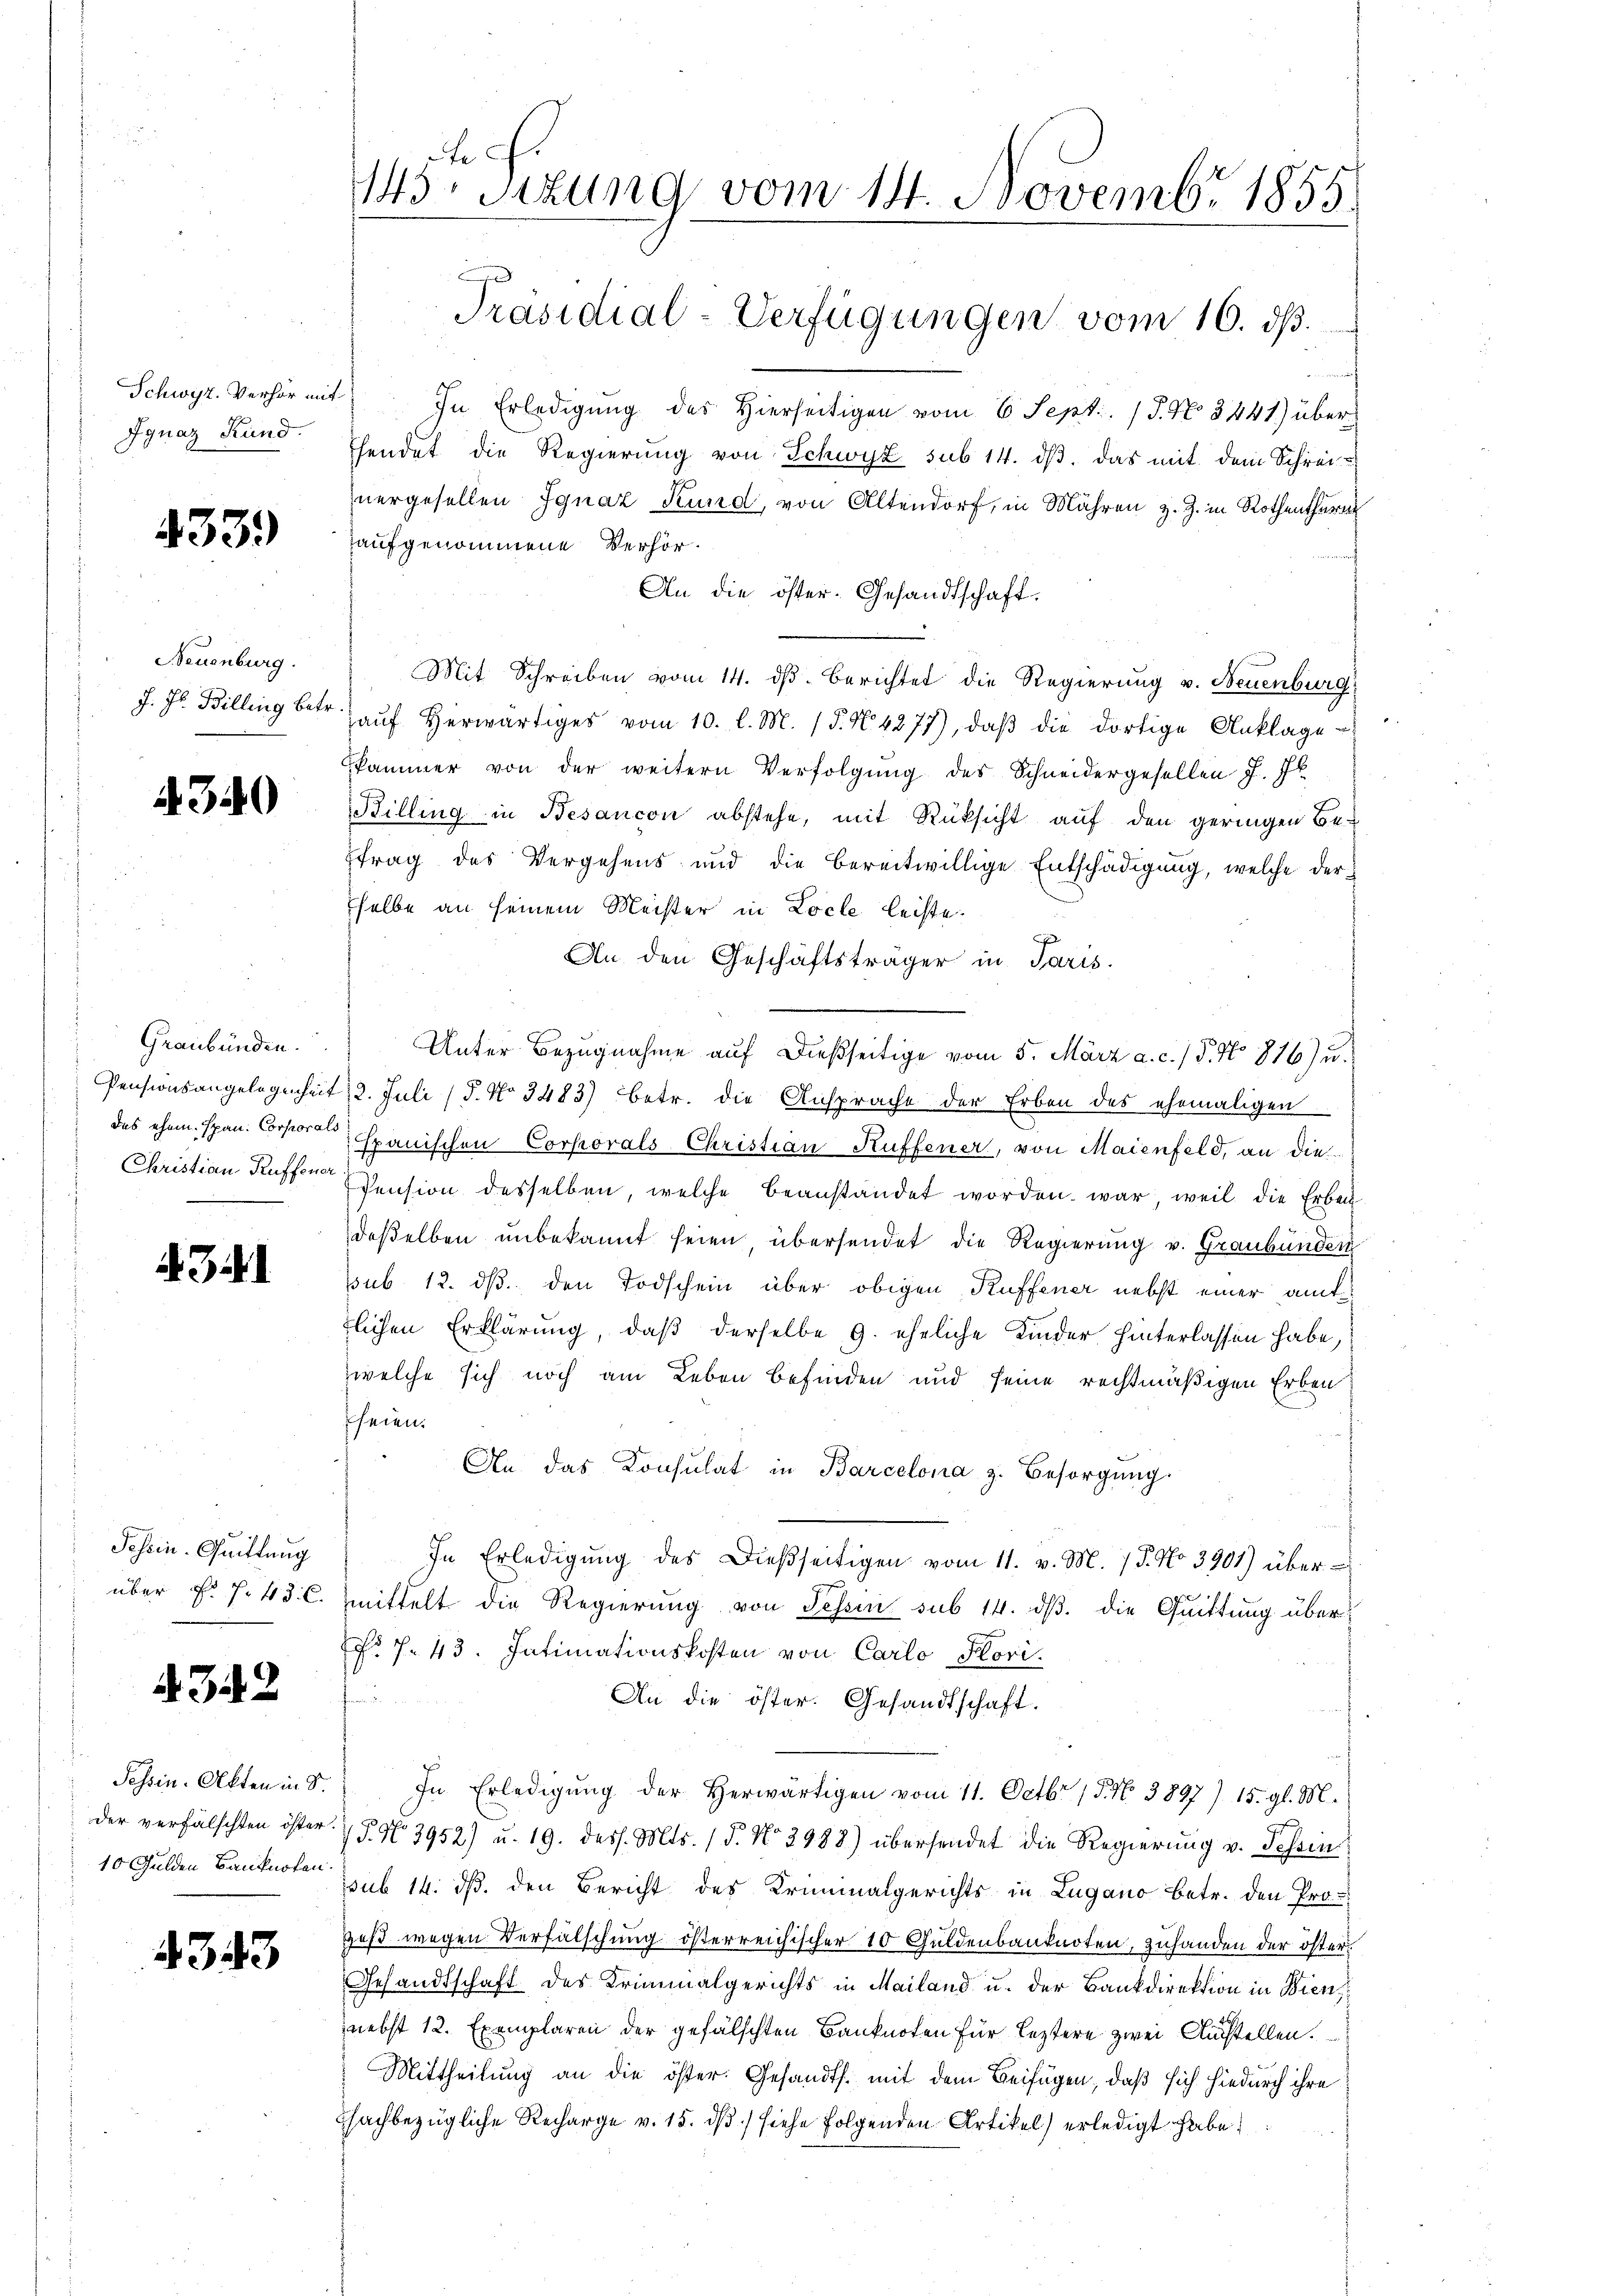
Schwyz, Verhör mit
Ignaz Rund.

433)

Neuenburg.
J. J. Billing betr.

4340

Graubünden.
das ehem. Span. Corporali
Christian Ruffener

3

Schein. Quittung
über k. f. 48. C.

342

Tessin. Akten in S.
der verfälschten öster.
10 Gulden Banknoten.

4343

te
1145. Sitzung vom 14. Novembr 1855.
Präsidial-Verfügungen vom 10. ds.

In Erledigung des Hierseitigen vom 6 Sept. 17. No 8441) über
hendet die Regierung von Schwyz sub 14. dβ das mit dem Schreinergesellen Ignaz Kund, von Altendorf, in Mähren z. Z. in Rothenthur
aufgenommene Verhör-
An die öster. Gesandtschaft.
Mit Schreiben vom 14. dß. Berichtet die Regierung v. Neuenburg
Haŭf herwärtiges vom 10. l. M. (§. N. 4277), daβ die dortige Anklage-
kammer von der weitern Verfolgŭng des Schneidergesellen J. J.
Billing in Besancon abstehe, mit Rüksicht auf den geringen Be-
ftrag des Vergehens und die bereitwillige Entschädigung, welche derselbe an seinem Meister in Locle leiste.
An den Geschäftsträger in Paris.
Unter Bezugnahme auf dießseitige vom 5. März a. c. P. No 816) u.
Pensionsangelegenheit 2. Juli 15. No 3483) betr. die Ansprache der Erben des ehemaligen
panischen Corporals Christian Kuffener, von Maienfeld, an die
Pension desselben, welche beanstandet worden war, weil die Erben
deßelben unbekannt seien, übersendet die Regierung v. Graubünden
sub 12. ds. den Todschein über obigen Kuffener nebst einer amtflichen Erklärung, daß derselbe 9. eheliche Kinder hinterlassen habe,
welche sich noch am Leben befinden und seine rechtmäßigen Erben
fheien.
An das Konsulat in Barcelona z. Besorgŭng.
In Erledigung des Dießseitigen vom 11. v. M. / P. No 3901) über
1
mittelt die Regierung von Tessin sub 14. dβ. die Quittung über¬
No 7. 43. Intimationskosten von Carlo Hori
f
An die öster. Gesandtschaft.
In Erledigŭng der herwärtigen vom 11. Octbr. 15. No 3897) 15. gl. M.
15. No. 3952) u. 19. dess. Mts. 1 d. No 2988) übersendet die Regierung v. Schein
psub 14. ds. den Bericht des Kriminalgerichts in Lugano betr. den Pro-
Daß wegen Verfälschung österreichischer 10 Guldenbanknoten, zuhanden der öster¬
Gesandtschaft des Kriminalgerichts in Mailand u. der Bankdirektion in Wien
nebst 12. Exemplaren der gefälschten Banknoten für leztere zwei Austellen.
Mittheilung an die öster. Gesandts. mit dem Beifügen, daß sich hiedurch ihre
sachbezügliche Recharge v. 15. dß) siehe folgenden Artikel) erledigt habe.